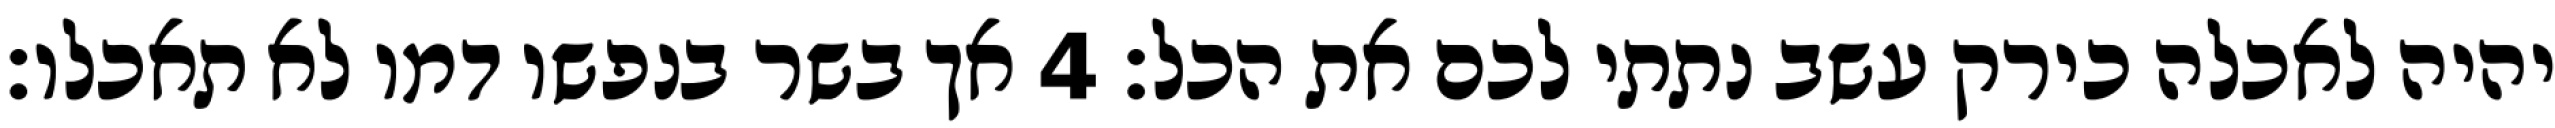
יהיה לאכלה כירק עשב נתתי לכם את הכל׃ ‎4‏ אך בשר בנפשו דמו לא תאכלו׃